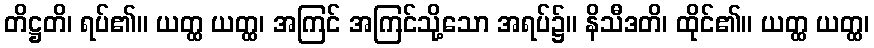
တိဋ္ဌတိ၊ ရပ်၏။ ယတ္ထ ယတ္ထ၊ အကြင် အကြင်သို့သော အရပ်၌။ နိသီဒတိ၊ ထိုင်၏။ ယတ္ထ ယတ္ထ၊